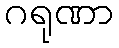
ဂရုဏာ